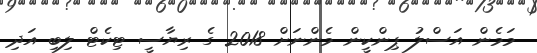
މަމެން އަސްލު ޕިންކީން މެންނަށް 2018 ގެ ރިޔާސީ ޓިކެޓް ލިބި އަދި